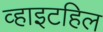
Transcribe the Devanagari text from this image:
व्हाइटहिल